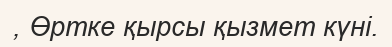
, Өртке қырсы қызмет күні.